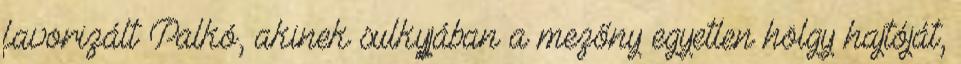
favorizált Palkó, akinek sulkyjában a mezőny egyetlen hölgy hajtóját,